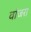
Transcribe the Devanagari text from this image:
वांजरा